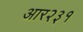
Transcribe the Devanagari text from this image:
आर२३१